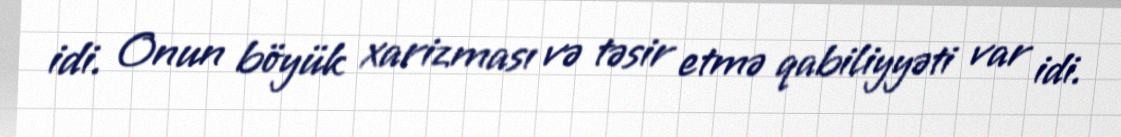
idi. Onun böyük xarizması və təsir etmə qabiliyyəti var idi.